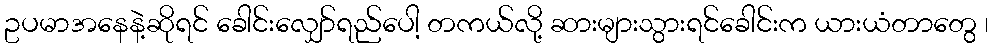
ဥပမာအနေနဲ့ဆိုရင် ခေါင်းလျှော်ရည်ပေါ့ တကယ်လို့ ဆားများသွားရင်ခေါင်းက ယားယံတာတွေ ၊